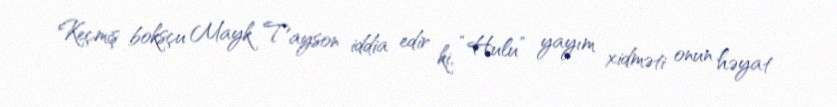
Keçmiş boksçu Mayk Tayson iddia edir ki, “Hulu” yayım xidməti onun həyat